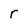
Character: r